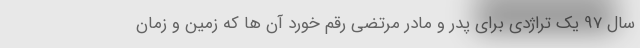
سال 97 یک تراژدی برای پدر و مادر مرتضی رقم خورد آن ها که زمین و زمان